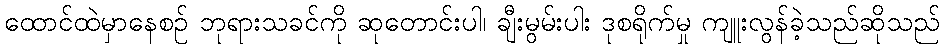
ထောင်ထဲမှာနေစဉ် ဘုရားသခင်ကို ဆုတောင်းပါ၊ ချီးမွမ်းပါး ဒုစရိုက်မှု ကျူးလွန်ခဲ့သည်ဆိုသည်